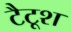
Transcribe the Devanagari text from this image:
टैटूश